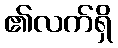
၏လက်ရှိ